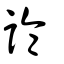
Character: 論